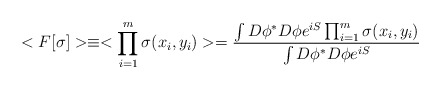
\begin{align*}<F[\sigma ]>\equiv <\prod^{m}_{i=1}\sigma (x_{i},y_{i})>={\int D\phi^{*} D\phi e^{iS}\prod^{m}_{i=1}\sigma (x_{i},y_{i})\over\int D\phi^{*} D\phi e^{iS}}\end{align*}